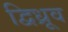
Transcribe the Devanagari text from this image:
द्विध्रूव